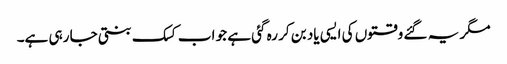
مگر یہ گئے وقتوں کی ایسی یاد بن کر رہ گئی ہے جو اب کسک بنتی جا رہی ہے۔